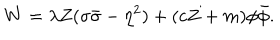
LaTeX: W = \lambda { Z } ( \sigma \bar { \sigma } - \eta ^ { 2 } ) + ( c Z + m ) \phi \bar { \phi } .